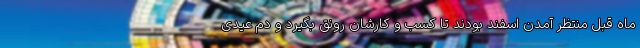
ماه قبل منتظر آمدن اسفند بودند تا کسب و کارشان رونق بگیرد و دم عیدی